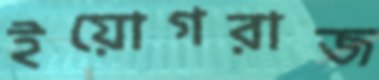
ইয়োগরাজ